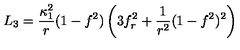
L _ { 3 } = \frac { \kappa _ { 1 } ^ { 2 } } { r } ( 1 - f ^ { 2 } ) \left( 3 f _ { r } ^ { 2 } + \frac { 1 } { r ^ { 2 } } ( 1 - f ^ { 2 } ) ^ { 2 } \right)